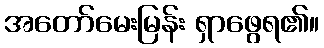
အတော်မေးမြန်း ရှာဖွေရ၏။